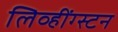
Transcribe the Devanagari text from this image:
लिव्हींग्स्टन